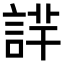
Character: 𧨢